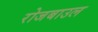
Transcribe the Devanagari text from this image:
रोजबाउल